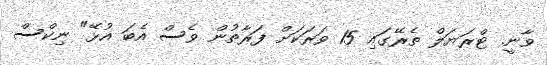
ވާނީ. ޓްރަޔަލް ތެރޭގައި 15 ވަރަކަށް ފަރާތުން ވެސް އެބަ އުޅޭ" ނިކްސް